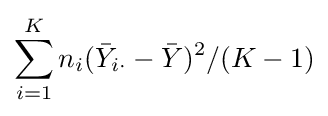
\sum _{i=1}^{K}n_{i}({\bar {Y}}_{i\cdot }-{\bar {Y}})^{2}/(K-1)